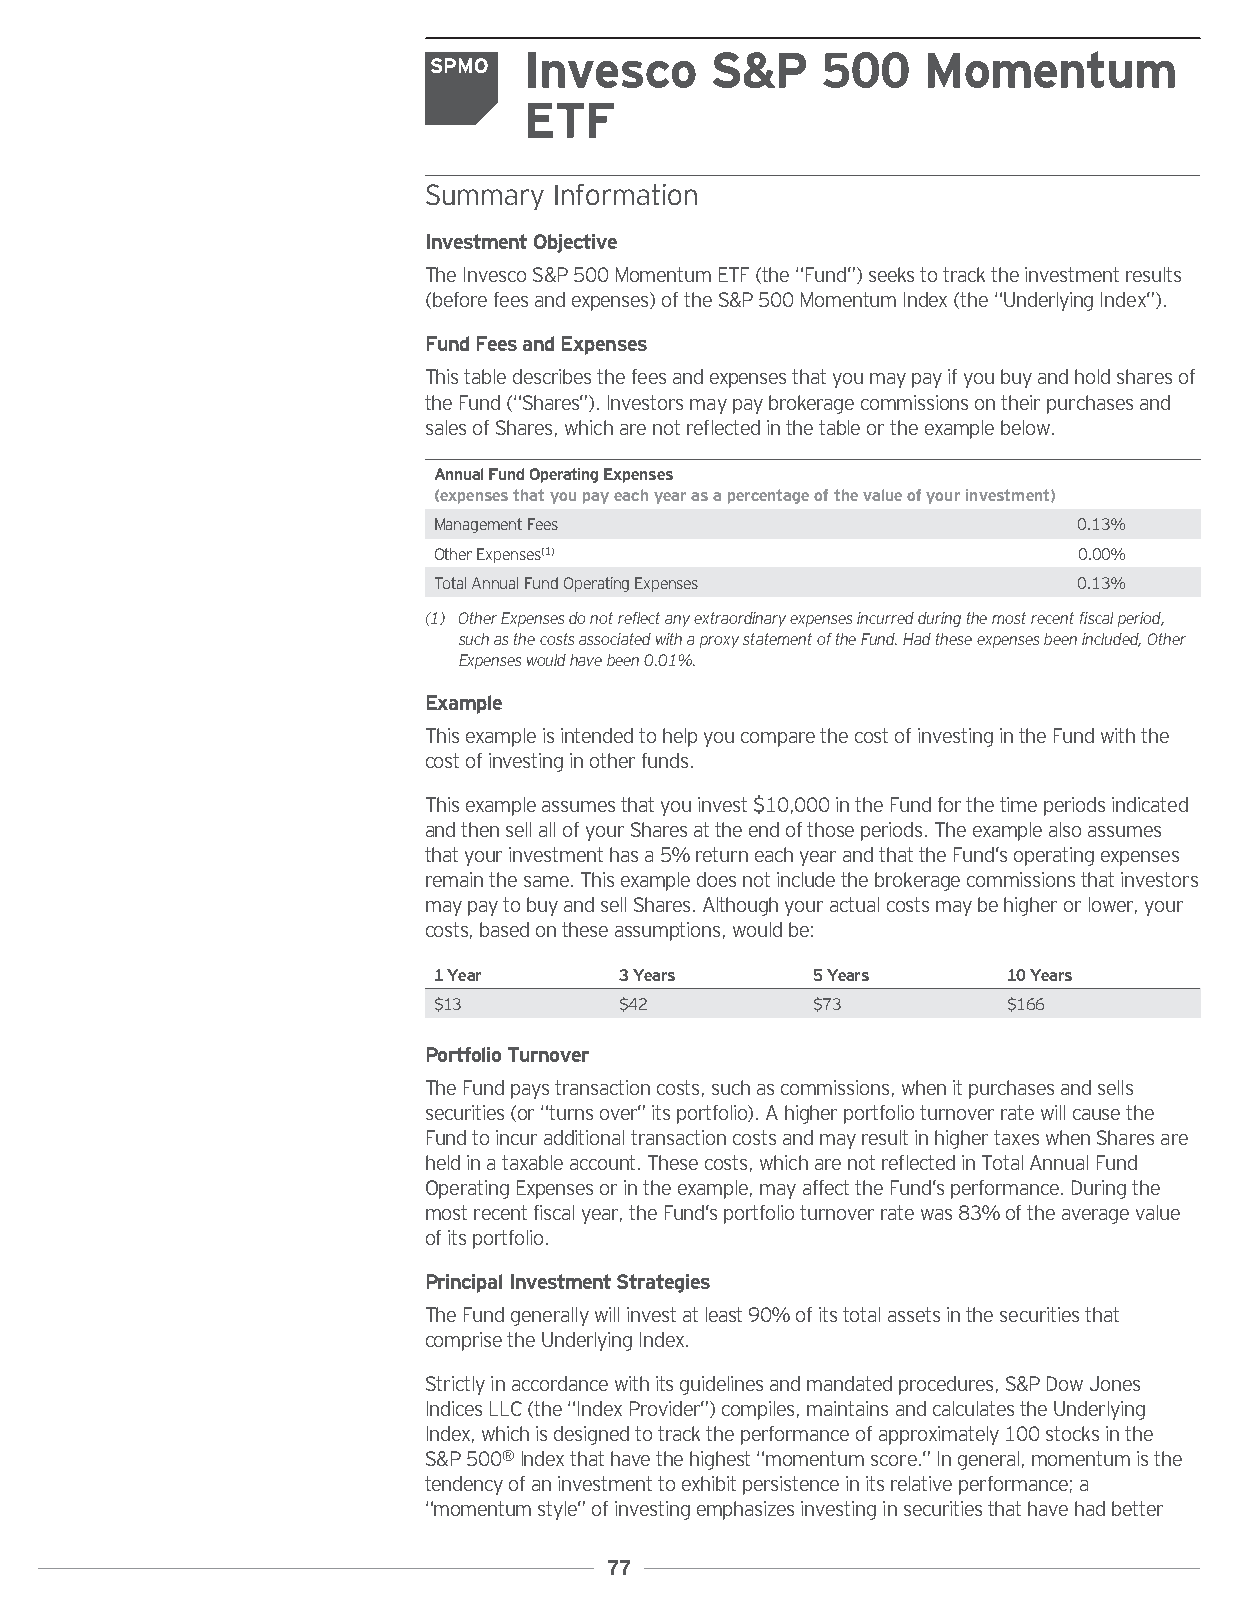
Invesco     S&P    500    Momentum
 SPMO
 ETF
 Summary  Information
 InvestmentObjective
 TheInvescoS&P500MomentumETF(the“Fund”)seekstotracktheinvestmentresults
 (beforefeesandexpenses)oftheS&P500MomentumIndex(the“UnderlyingIndex”).
 FundFeesandExpenses
 Thistabledescribesthefeesandexpensesthatyoumaypayifyoubuyandholdsharesof
 theFund(“Shares”).Investorsmaypaybrokeragecommissionsontheirpurchasesand
 salesofShares,whicharenotreflectedinthetableortheexamplebelow.
 AnnualFundOperatingExpenses
 (expensesthatyoupayeachyearasapercentageofthevalueofyourinvestment)
 ManagementFees                            0.13%
 OtherExpenses(1)                          0.00%
 TotalAnnualFundOperatingExpenses          0.13%
 (1) OtherExpensesdonotreflectanyextraordinaryexpensesincurredduringthemostrecentfiscalperiod,
 suchasthecostsassociatedwithaproxystatementoftheFund.Hadtheseexpensesbeenincluded,Other
 Expenseswouldhavebeen0.01%.
 Example
 ThisexampleisintendedtohelpyoucomparethecostofinvestingintheFundwiththe
 costofinvestinginotherfunds.
 Thisexampleassumesthatyouinvest$10,000intheFundforthetimeperiodsindicated
 andthensellallofyourSharesattheendofthoseperiods.Theexamplealsoassumes
 thatyourinvestmenthasa5%returneachyearandthattheFund’soperatingexpenses
 remainthesame.Thisexampledoesnotincludethebrokeragecommissionsthatinvestors
 maypaytobuyandsellShares.Althoughyouractualcostsmaybehigherorlower,your
 costs,basedontheseassumptions,wouldbe:
 1Year       3Years       5Years       10Years
 $13         $42          $73          $166
 PortfolioTurnover
 TheFundpaystransactioncosts,suchascommissions,whenitpurchasesandsells
 securities(or“turnsover”itsportfolio).Ahigherportfolioturnoverratewillcausethe
 FundtoincuradditionaltransactioncostsandmayresultinhighertaxeswhenSharesare
 heldinataxableaccount.Thesecosts,whicharenotreflectedinTotalAnnualFund
 OperatingExpensesorintheexample,mayaffecttheFund’sperformance.Duringthe
 mostrecentfiscalyear,theFund’sportfolioturnoverratewas83%oftheaveragevalue
 ofitsportfolio.
 PrincipalInvestmentStrategies
 TheFundgenerallywillinvestatleast90%ofitstotalassetsinthesecuritiesthat
 comprisetheUnderlyingIndex.
 Strictlyinaccordancewithitsguidelinesandmandatedprocedures,S&PDowJones
 IndicesLLC(the“IndexProvider”)compiles,maintainsandcalculatestheUnderlying
 Index,whichisdesignedtotracktheperformanceofapproximately100stocksinthe
 S&P500®Indexthathavethehighest“momentumscore.”Ingeneral,momentumisthe
 tendencyofaninvestmenttoexhibitpersistenceinitsrelativeperformance;a
 “momentumstyle”ofinvestingemphasizesinvestinginsecuritiesthathavehadbetter
 77